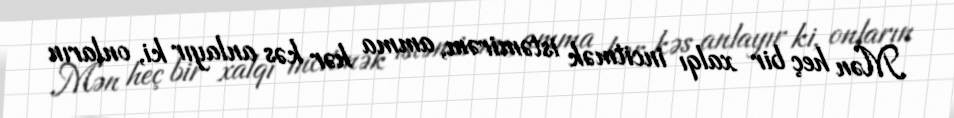
Mən heç bir xalqı incitmək istəmirəm, amma hər kəs anlayır ki, onların